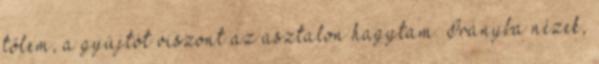
tőlem, a gyújtót viszont az asztalon hagytam. Irányba nézek,